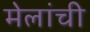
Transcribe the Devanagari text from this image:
मेलांची